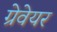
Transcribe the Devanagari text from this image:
ग्रेवेयर